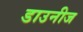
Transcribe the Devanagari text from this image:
डाउनीज